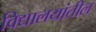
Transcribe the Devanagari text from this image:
विद्यालयांतील